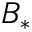
B _ { * }